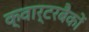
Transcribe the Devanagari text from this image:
क्वार्टरबैकों